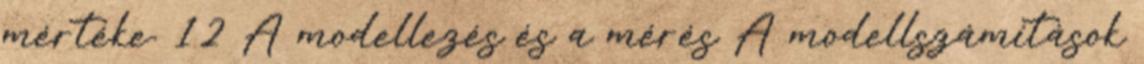
mértéke. 12 A modellezés és a mérés A modellszámítások